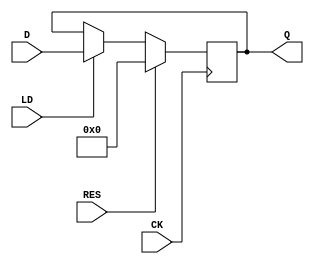
module DFF (CK, D, Q, LD, RES);
    input         CK, LD, RES;
    input   [3:0] D;
    output  [3:0] Q;
    reg     [3:0] Q;

    always @(posedge CK) begin
        if (RES==1'b1)
            Q <= 4'h0;
        else if (LD==1'b1)
            Q <= D;
    end

endmodule